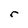
Character: r